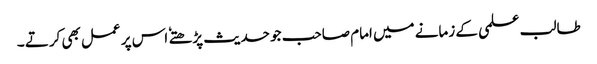
طالب علمی کے زمانے میں امام صاحب جو حدیث پڑھتے ٗ اس پر عمل بھی کرتے ۔